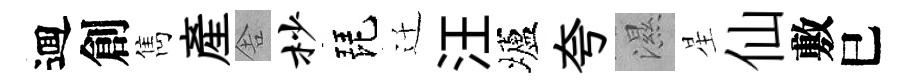
逥創雋産舎杪琵迁汪壚夸濕星仙敷巳